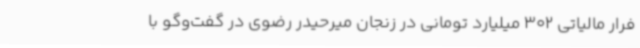
فرار مالیاتی 302 میلیارد تومانی در زنجان میرحیدر رضوی در گفت‌وگو با